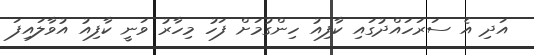
އަދި އެ ސަރަހައްދުގައި ކާފިއު ހިންގުމަށް ފަހު މިހާރު ވަނީ ކާފިއު އުވާލައިފަ